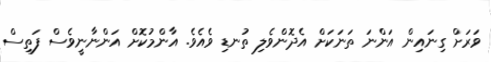
ވަރަށް ގިނައިން އަންނަ ތަނަކަށް އެދޮންވެލި ތުނޑި ވެއެވެ. އާންމުކޮށް އަންނާނީވެސް ފަތިސް